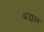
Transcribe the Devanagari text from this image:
बदाल